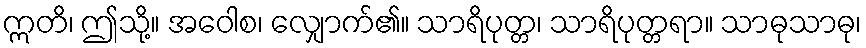
ဣတိ၊ ဤသို့။ အဝေါစ၊ လျှောက်၏။ သာရိပုတ္တ၊ သာရိပုတ္တရာ။ သာဓုသာဓု၊